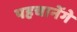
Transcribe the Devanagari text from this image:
पहचानेंगे